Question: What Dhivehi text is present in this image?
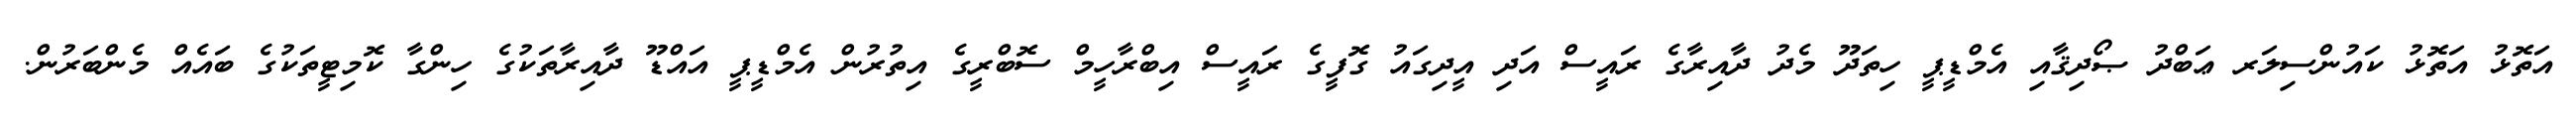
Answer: އަތޮޅު އަތޮޅު ކައުންސިލަރ ޢަބްދު ޞޯދިޤާއި އެމްޑީޕީ ހިތަދޫ މެދު ދާއިރާގެ ރައީސް އަދި އީދިގައު ގޮފީގެ ރައީސް އިބްރާހީމް ސޮބްރީގެ އިތުރުން އެމްޑީޕީ އައްޑޫ ދާއިރާތަކުގެ ހިންގާ ކޮމިޓީތަކުގެ ބައެއް މެންބަރުން.